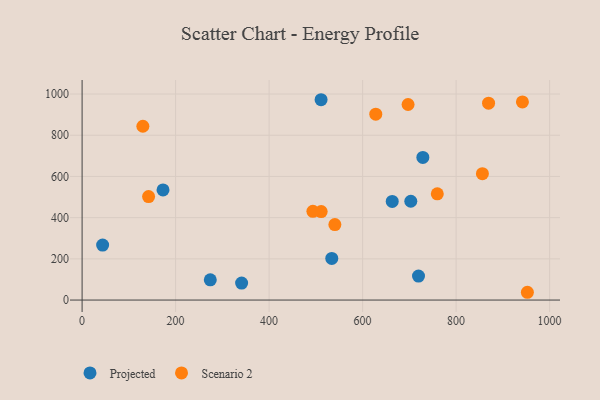
{"axis": {"x": "Distance", "y": "Demand"}, "legend": ["Projected", "Scenario 2"], "data": [{"x": "534.1", "y": 202.3, "type": "Projected"}, {"x": "728.9", "y": 692.2, "type": "Projected"}, {"x": "173.1", "y": 534.5, "type": "Projected"}, {"x": "274.2", "y": 98.1, "type": "Projected"}, {"x": "511.2", "y": 972.4, "type": "Projected"}, {"x": "43.9", "y": 266.7, "type": "Projected"}, {"x": "703.1", "y": 479.6, "type": "Projected"}, {"x": "663.4", "y": 478.7, "type": "Projected"}, {"x": "719.6", "y": 116.3, "type": "Projected"}, {"x": "341.2", "y": 82.6, "type": "Projected"}, {"x": "142.2", "y": 502.1, "type": "Scenario 2"}, {"x": "540.7", "y": 366.2, "type": "Scenario 2"}, {"x": "511.4", "y": 429.5, "type": "Scenario 2"}, {"x": "493.7", "y": 430.8, "type": "Scenario 2"}, {"x": "697.3", "y": 949.2, "type": "Scenario 2"}, {"x": "130.0", "y": 843.6, "type": "Scenario 2"}, {"x": "952.5", "y": 37.8, "type": "Scenario 2"}, {"x": "759.8", "y": 515.5, "type": "Scenario 2"}, {"x": "869.5", "y": 955.6, "type": "Scenario 2"}, {"x": "941.9", "y": 961.6, "type": "Scenario 2"}, {"x": "628.2", "y": 902.5, "type": "Scenario 2"}, {"x": "856.3", "y": 613.7, "type": "Scenario 2"}]}